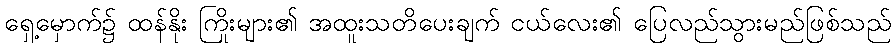
ရှေ့မှောက်၌ ထန်နိုး ကြိုးများ၏ အထူးသတိပေးချက် ငယ်လေး၏ ပြေလည်သွားမည်ဖြစ်သည်